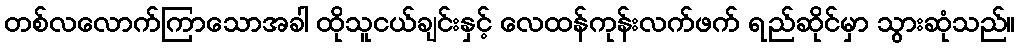
တစ်လလောက်ကြာသောအခါ ထိုသူငယ်ချင်းနှင့် လေထန်ကုန်းလက်ဖက် ရည်ဆိုင်မှာ သွားဆုံသည်။